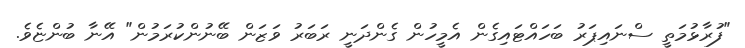
"ފުރާޅުމަތީ ސްނައިޕަރު ބަހައްޓައިގެން އެމީހުން ގެންދަނީ ރަބަރު ވަޒަން ބޭނުންކުރަމުން" އޭނާ ބުންޏެވެ.